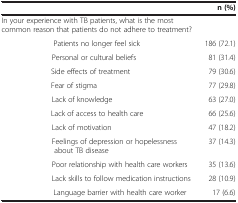
|  | n (%) |
 | --- | --- |
 | In your experience with TB patients, what is the most common reason that patients do not adhere to treatment? |  |
 | Patients no longer feel sick | 186 (72.1) |
 | Personal or cultural beliefs | 81 (31.4) |
 | Side effects of treatment | 79 (30.6) |
 | Fear of stigma | 77 (29.8) |
 | Lack of knowledge | 63 (27.0) |
 | Lack of access to health care | 66 (25.6) |
 | Lack of motivation | 47 (18.2) |
 | Feelings of depression or hopelessness about TB disease | 37 (14.3) |
 | Poor relationship with health care workers | 35 (13.6) |
 | Lack skills to follow medication instructions | 28 (10.9) |
 | Language barrier with health care worker | 17 (6.6) |